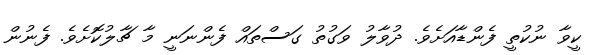
ކީވާ ނުކުތީ ފެންޑާއަށެވެ. ދުވާލު ވަގުތު ގަސްތައް ފެންނަނީ މާ ޗާލުކޮށެވެ. ފެނުން